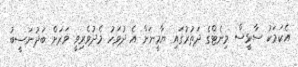
އެކަމަކު ސާޅީސް މިނެޓްގެ ދަތުރުގައި ޔާމީނަށް އެ ދުވަހު މެދުވެރިވީ ވަރަށް ބަދުނަސީބު